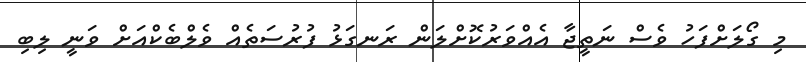
މި ގޯލަށްފަހު ވެސް ނަތީޖާ އެއްވަރުކޮށްލަން ރަނގަޅު ފުރުސަތެއް ވެލްބެކްއަށް ވަނީ ލިބި